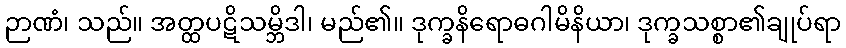
ဉာဏံ၊ သည်။ အတ္ထပဋိသမ္ဘိဒါ၊ မည်၏။ ဒုက္ခနိရောဓဂါမိနိယာ၊ ဒုက္ခသစ္စာ၏ချုပ်ရာ